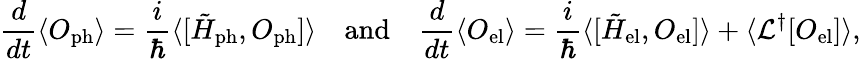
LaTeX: \frac{d}{dt}\langle O_{\mathrm{ph}}\rangle=\frac{i}{\hbar}\langle[\tilde{H}_{\mathrm{ph}},O_{\mathrm{ph}}]\rangle\quad\mathrm{and}\quad\frac{d}{dt}\langle O_{\mathrm{el}}\rangle=\frac{i}{\hbar}\langle[\tilde{H}_{\mathrm{el}},O_{\mathrm{el}}]\rangle+\langle\mathcal{L}^{\dagger}[O_{\mathrm{el}}]\rangle,